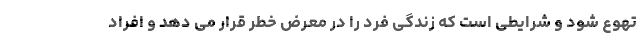
تهوع شود و شرایطی است که زندگی فرد را در معرض خطر قرار می دهد و افراد